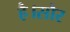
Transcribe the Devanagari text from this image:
है।सौर